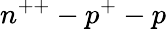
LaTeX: n^{++}-p^{+}-p